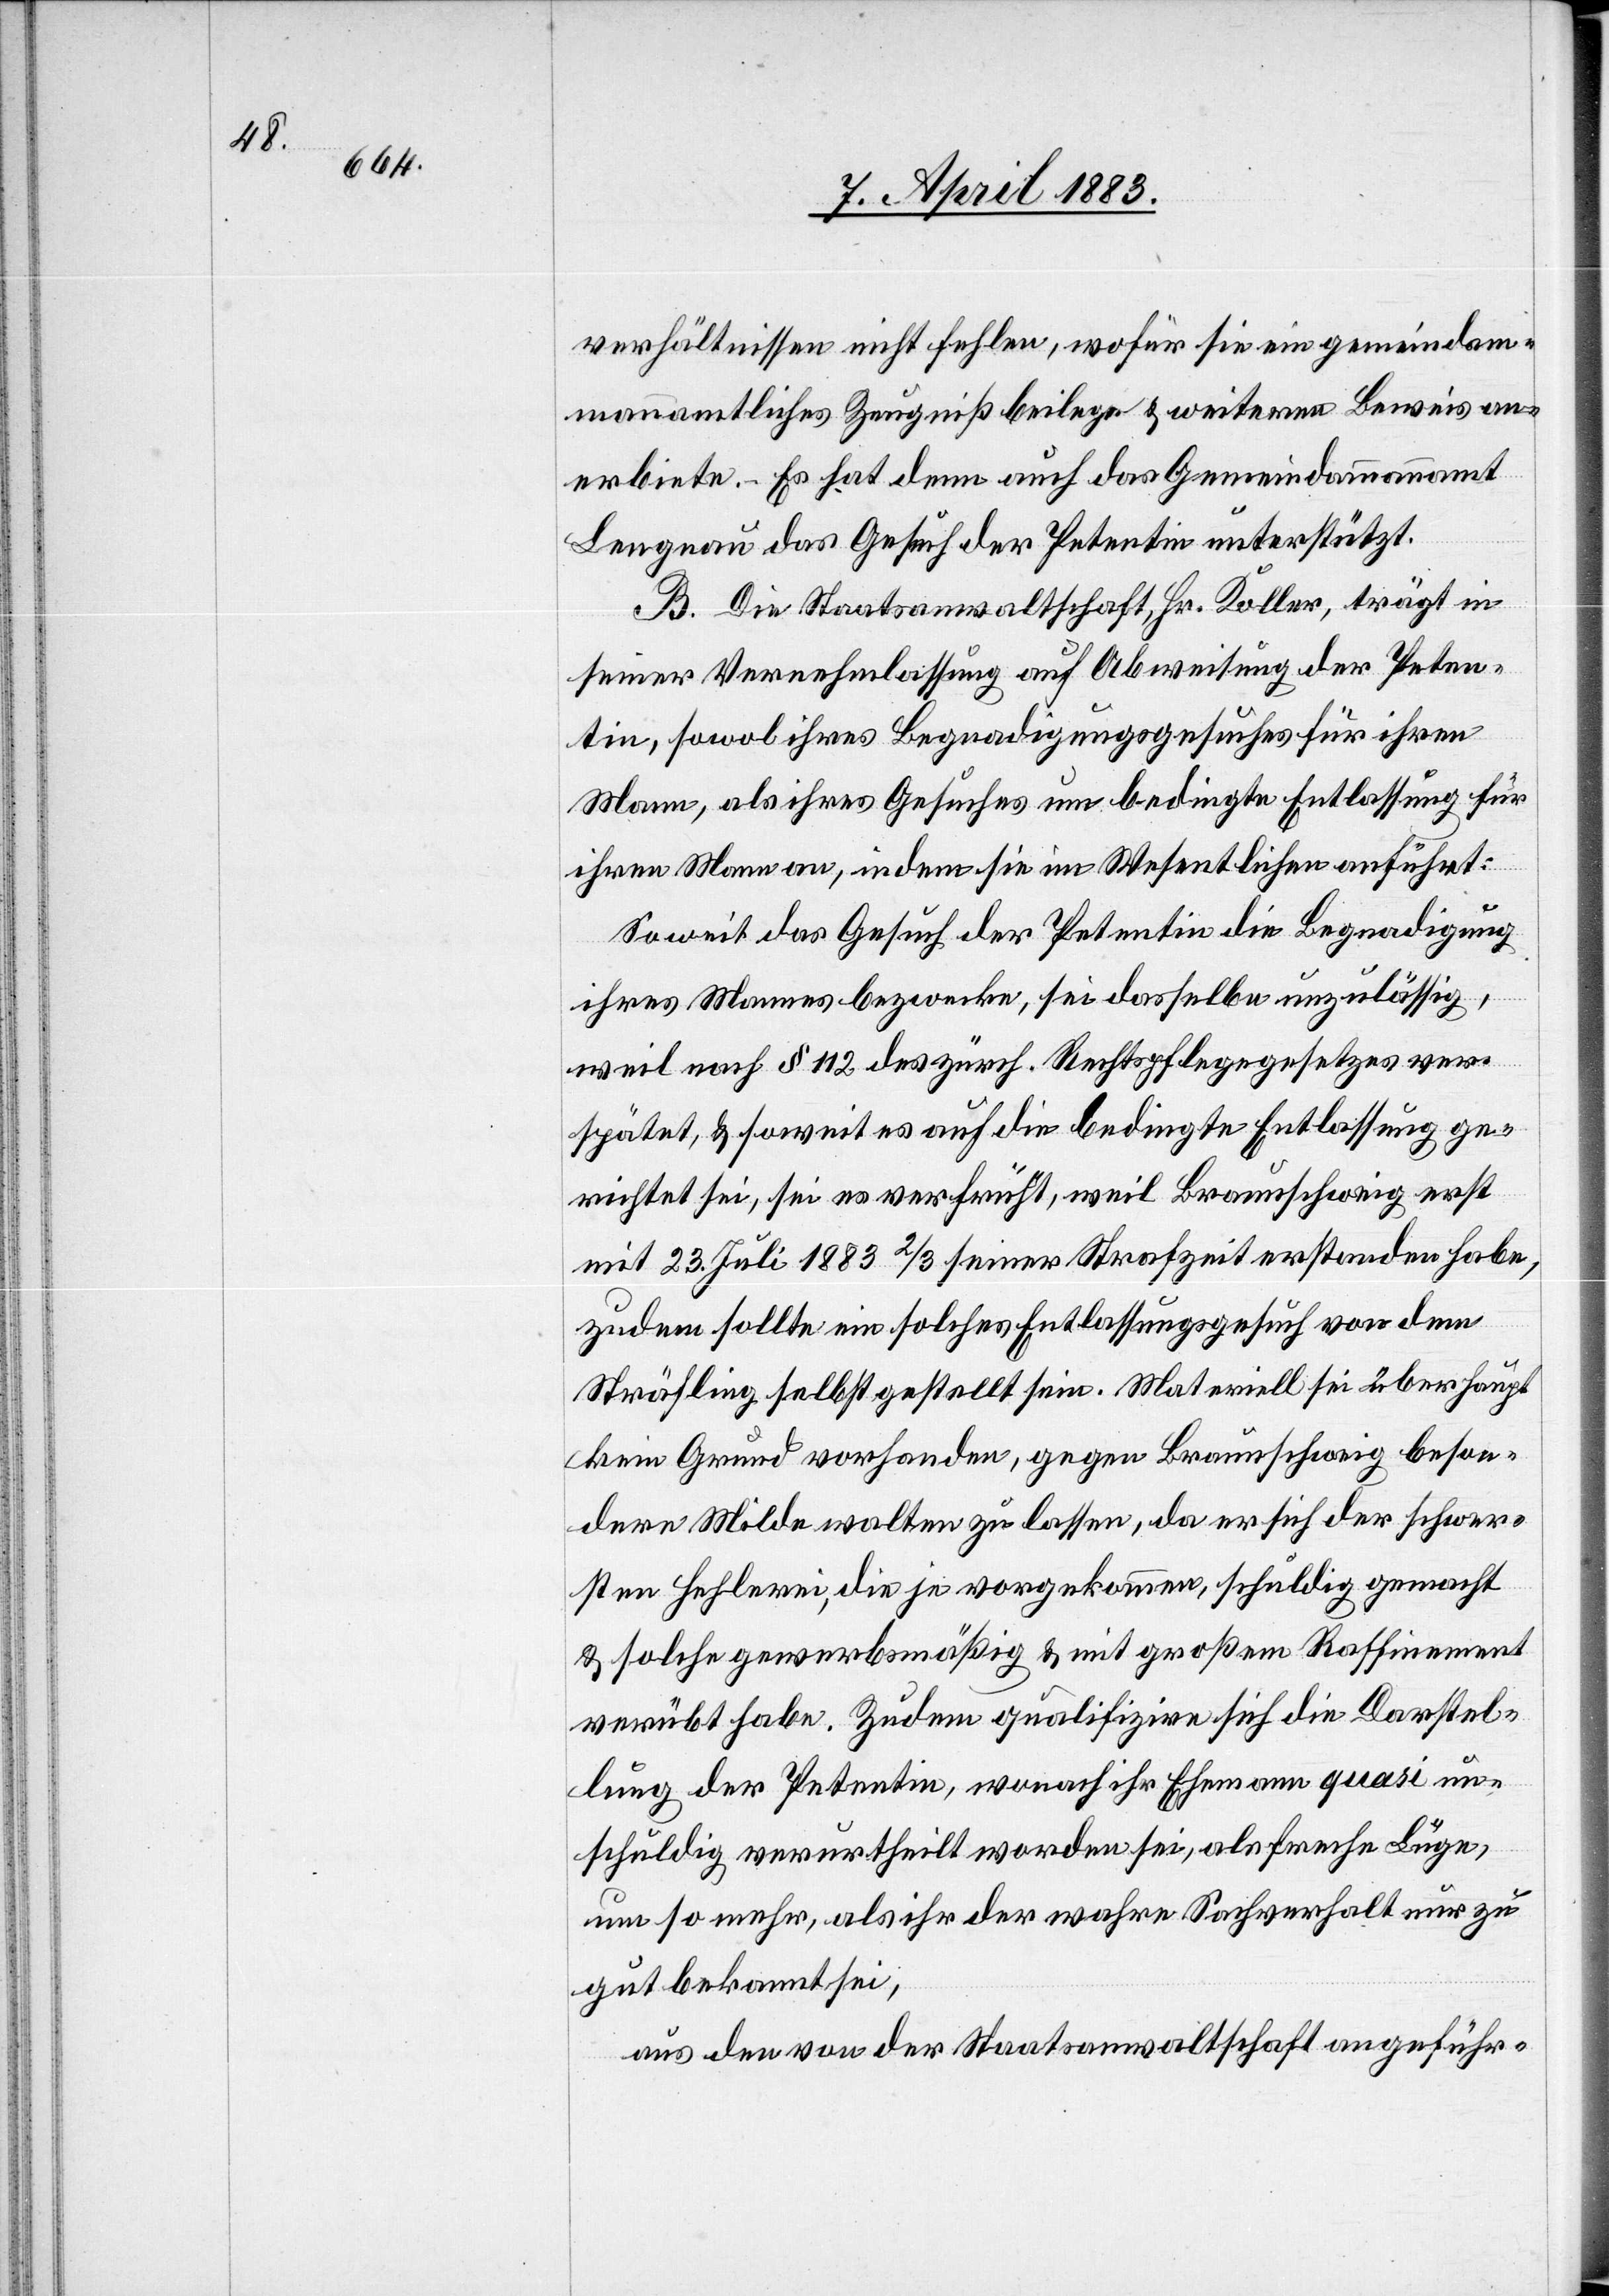
verhältnissen nicht fehlen, wofür sie ein gemeindam¬
mannamtliches Zeugniß beilegen & weiteren Beweis an¬
erbieten. Es hat denn auch das Gemeindammannamt
Lengnau das Gesuch der Petentin unterstützt.
B. Die Staatsanwaltschaft, Hr. Koller, trägt in
seiner Vernehmlassung auf Abweisung der Peten¬
tin, sowol ihres Begnadigungsgesuches für ihren
Mann, als ihres Gesuches um bedingte Entlassung für
ihren Mann an, indem sie im Wesentlichen anführt:
Soweit das Gesuch der Petentin die Begnadigung
ihres Mannes bezwecke, sei dasselbe unzulässig,
weil nach § 112 des zürch. Rechtspflegegesetzes ver¬
spätet & soweit es auf die bedingte Entlassung ge¬
richtet sei, sei es verfrüht, weil Braunschweig erst
mit 23. Juli 1883 2/3 seiner Strafzeit erstanden habe,
zudem sollte ein solches Entlassungsgesuch vor dem
Sträfling selbst gestellt sein. Materiell sei überhaupt
kein Grund vorhanden, gegen Braunschweig beson¬
dere Milde walten zu lassen, da er sich der schwer¬
sten Hehlerei, die je vorgekommen, schuldig gemacht
& solche gewerbsmäßig & mit großem Raffinement
verübt habe. Zudem qualifizire sich die Darstel¬
lung der Petentin, wonach ihr Ehemann quasi un¬
schuldig verurtheilt worden sei, als freche Lüge,
um so mehr, als ihr der wahre Sachverhalt nur zu
gut bekannt sei,
aus den von der Staatsanwaltschaft angeführ-